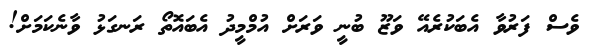
ވެސް ފަރުވާ އެބަކުރެއޭ ވަޒޫ ބުނީ ވަރަށް އުމްމީދު އެބައޮތޯ ރަނގަޅު ވާނެކަމަށް!